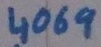
Text: 4069